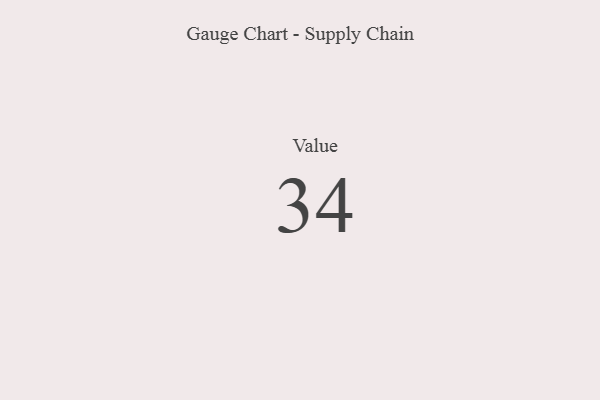
{"axis": {"x": "Metric", "y": "Value"}, "legend": [""], "data": [{"x": "Value", "y": 34, "type": ""}]}